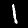
Digit: 1